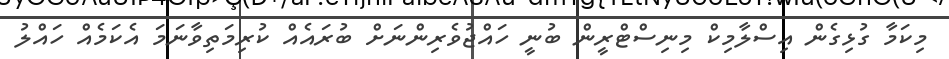
މިކަމާ ގުޅިގެން އިސްލާމިކް މިނިސްޓްރީން ބުނީ ހައްޖުވެރިންނަށް ބުރައެއް ކުރިމަތިވާނަމަ އެކަމެއް ހައްލު